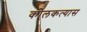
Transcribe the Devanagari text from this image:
कोलकत्यास